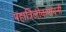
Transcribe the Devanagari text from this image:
महात्रिलोकपावनी